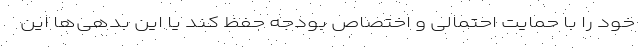
خود را با حمایت احتمالی و اختصاص بودجه حفظ کند یا این بدهی‌ها این